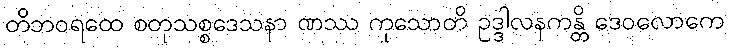
တိဘဝရထေ စတုသစ္စဒေသနာ ဏဿ ကုသောတိ ဥဒ္ဒါလနကန္တိ ဒေဝလောကေ